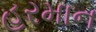
હરમાન